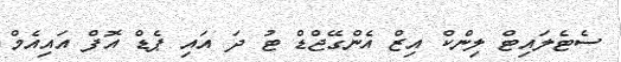
ސެޓެލައިޓް ލިންކް އިޒް އެންގޭޖްޑް ޓު ދަ އައި ޕެޑް އޮފް އައިއެެމް